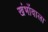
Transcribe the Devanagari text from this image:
खंभोंवाला